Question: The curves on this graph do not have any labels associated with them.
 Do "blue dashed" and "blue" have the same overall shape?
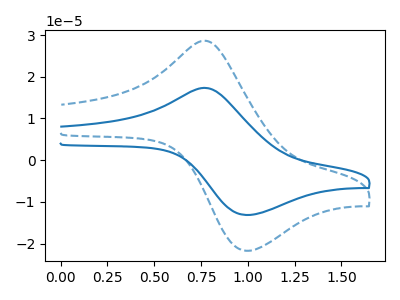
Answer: <think>The blue curve "blue" has an anodic peak at (0.80V, 17.25uA) and a cathodic peak at (1.00V, -13.15uA). The blue dashed curve "blue dashed" has an anodic peak at (0.80V, 28.50uA) and a cathodic peak at (1.00V, -21.70uA).
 All the peaks in "blue dashed" have a peak in "blue" at the same potential. Every peak in "blue dashed" is higher than every peak in "blue".</think>
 <answer>"blue dashed" and "blue" are similar in shape.</answer>
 <eval>same_shape</eval>